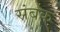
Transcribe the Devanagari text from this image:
संबक